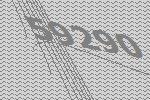
59290